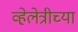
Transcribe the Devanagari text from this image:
व्हेलेत्रीच्या